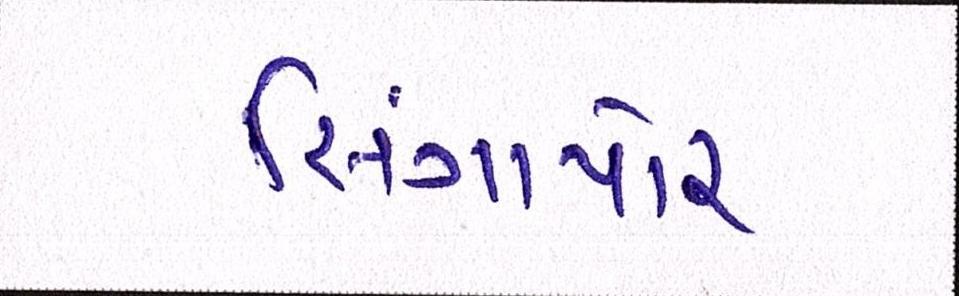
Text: સિંગાપોર